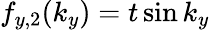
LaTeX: f_{y,2}(k_{y})=t\sin k_{y}